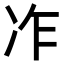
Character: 𠖽